Problem: 7 × 6 = ?
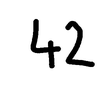
Handwritten answer: 42